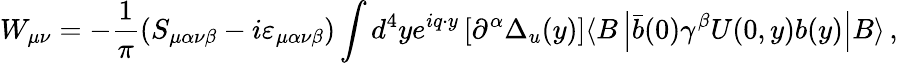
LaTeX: W_{\mu\nu}=-\frac{1}{\pi}(S_{\mu\alpha\nu\beta}-i\varepsilon_{\mu\alpha\nu\beta})\int d^{4}ye^{iq\cdot y}\left[\partial^{\alpha}\Delta_{u}(y)\right]\langle B\left|\bar{b}(0)\gamma^{\beta}U(0,y)b(y)\right|B\rangle\, ,